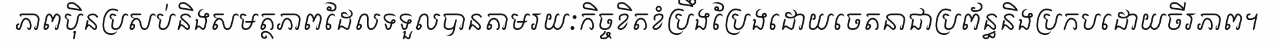
ភាពប៉ិនប្រសប់និងសមត្ថភាពដែលទទួលបានតាមរយៈកិច្ចខិតខំប្រឹងប្រែងដោយចេតនាជាប្រព័ន្ធនិងប្រកបដោយចីរភាព។